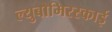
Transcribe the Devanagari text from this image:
ल्युबोमिरस्काई